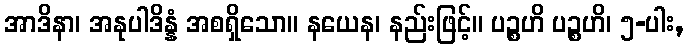
အာဒိနာ၊ အနုပါဒိန္နံ အစရှိသော။ နယေန၊ နည်းဖြင့်။ ပဉ္စဟိ ပဉ္စဟိ၊ ၅-ပါး,